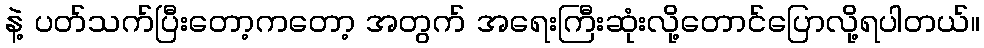
နဲ့ ပတ်သက်ပြီးတော့ကတော့ အတွက် အရေးကြီးဆုံးလို့တောင်ပြောလို့ရပါတယ်။